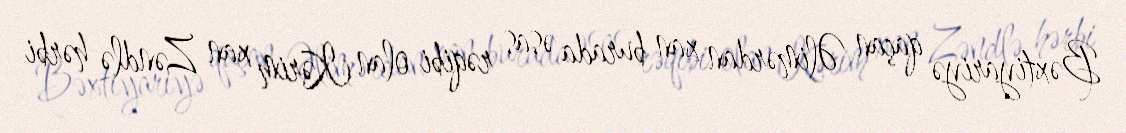
Bəxtiyariyə qaçan Əlimərdan xan burada əsas rəqibi olan Kərim xan Zəndlə hərbi